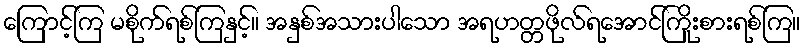
ကြောင့်ကြ မစိုက်ရစ်ကြနှင့်။ အနှစ်အသားပါသော အရဟတ္တဖိုလ်ရအောင်ကြိုးစားရစ်ကြ။